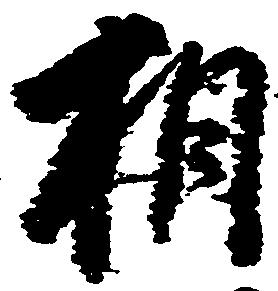
相